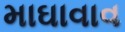
માઘાવાવ